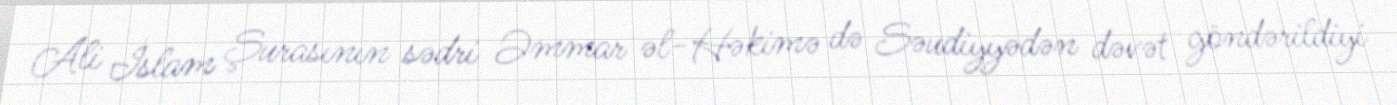
Ali İslam Şurasının sədri Əmmar əl-Həkimə də Səudiyyədən dəvət göndərildiyi